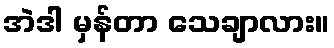
အဲဒါ မှန်တာ သေချာလား။